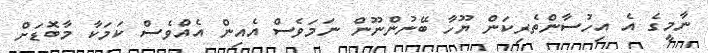
ނާމީގެ އެ އިހުސާންތެރިކަން ޔޫހާ ބޭނުންނޫން ނަމަވެސް އެއިން އެއްވެސް ކަމަކާ މާބޮޑަށް